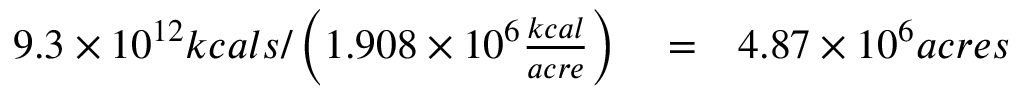
\begin{array} { r l r } { 9 . 3 \times 1 0 ^ { 1 2 } k c a l s / \left( 1 . 9 0 8 \times 1 0 ^ { 6 } \frac { k c a l } { a c r e } \right) } & { { } = } & { 4 . 8 7 \times 1 0 ^ { 6 } a c r e s } \end{array}